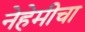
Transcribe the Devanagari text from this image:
नेहेमीचा